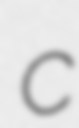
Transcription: c